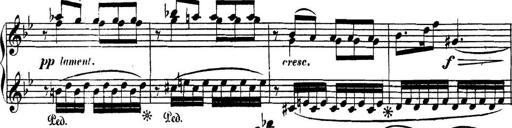
Title: Collected Piano Sonatas
Composer: Muzio Clementi